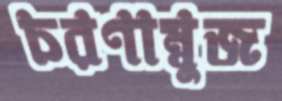
চরণাম্বুজ